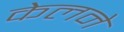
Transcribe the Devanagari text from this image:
केलने